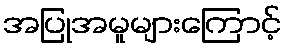
အပြုအမူများကြောင့်